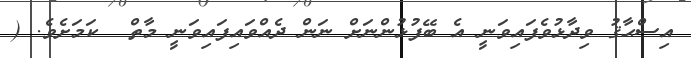
އިސްޙާޤު ވިދާޅުވެފައިވަނީ އެ ބޭފުޅުންނަށް ނަން ދެއްވައިފައިވަނީ މާތް  ކަމަށެވެ. (